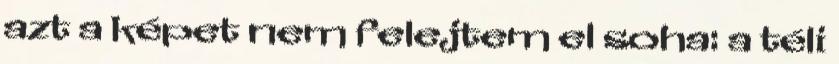
azt a képet nem felejtem el soha: a téli